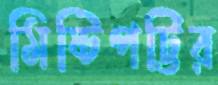
মিষ্টিপট্টির